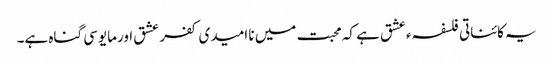
یہ کائناتی فلسفہء عشق ہے کہ محبت میں نا امیدی کفر عشق اورمایوسی گناہ ہے۔